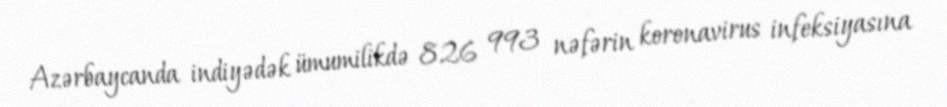
Azərbaycanda indiyədək ümumilikdə 826 993 nəfərin koronavirus infeksiyasına